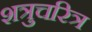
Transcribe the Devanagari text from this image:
शत्रुचरित्र